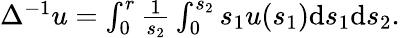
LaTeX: \begin{array}{r}{\Delta^{-1}u=\int_{0}^{r}\frac{1}{s_{2}}\int_{0}^{s_{2}}s_{1}u(s_{1})\mathrm{d}s_{1}\mathrm{d}s_{2}.}\end{array}